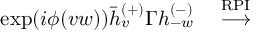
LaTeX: \exp ( i \phi ( v w ) ) \bar { h } _ { v } ^ { ( + ) } \Gamma h _ { - w } ^ { ( - ) } \quad \stackrel { \mathrm { R P I } } { \longrightarrow } \quad